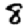
Digit: 8